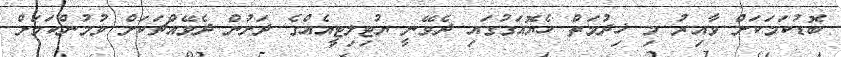
ބޮޑުކަމަކަށް ވާއިރު މި ޚިދުމަތް ހެޔޮއަގުގައި ދެވޭނީ ޔުޓިލިޓީއެއްގެ ދަށުން ދެވޭއްޗަކަށް ވުމުންކަމަށް